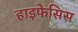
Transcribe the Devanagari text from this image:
हाइफेसिस